Madras plague regulations and rules for district municipalities and other towns and villages
Disease focus: Plague
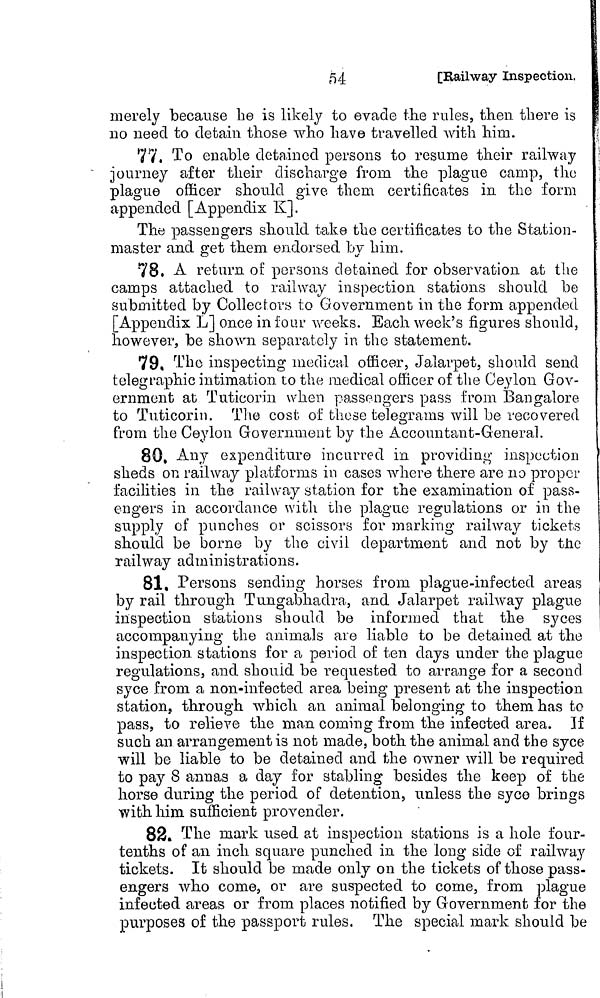
54
[Railway Inspection,
merely because be is likely to evade the rules, then there is
no need to detain those who have travelled with him.
77. To enable detained persons to resume their railway
journey after their discharge from the plague camp, the
plague officer should give them certificates in the form
appended [Appendix K].
The passengers should take the certificates to the Station-
master and get them endorsed by him.
78. A return of persons detained for observation at the
camps attached to railway inspection stations should be
submitted by Collectors to Government in the form appended
[Appendix L] once in four weeks. Each week's figures should,
however, be shown separately in the statement.
79, The inspecting medical officer, Jalarpet, should send
telegraphic intimation to the medical officer of the Ceylon Gov-
ernment at Tuticorin when passengers pass from Bangalore
to Tuticoriii. The cost of these telegrams will be recovered
from the Ceylon Government by the Accountant-General.
80, Any expenditure incurred in providing inspection
sheds on railway platforms in cases where there are no proper
facilities in the railway station for the examination of pass-
engers in accordance with the plague regulations or in the
supply of punches or scissors for marking railway tickets
should be borne by the civil department and not by the
railway administrations.
81, Persons sending horses from plague-infected areas
by rail through Tungabhadra, and Jalarpet railway plague
inspection stations should be informed that the syces
accompanying the animals are liable to be detained at the
inspection stations for a period of ten days under the plague
regulations, and should be requested to arrange for a second
syce from a non-infected area being present at the inspection
station, through which an animal belonging to them has to
pass, to relieve the man coming from the infected area. If
such an arrangement is not made, both the animal and the syce
will be liable to be detained and the owner will be required
to pay 8 annas a day for stabling besides the keep of the
horse during the period of detention, unless the syco brings
with him. sufficient provender.
82. The mark used at inspection stations is a hole four-
tenths of an inch square punched in the long side of railway
tickets. It should be made only on the tickets of those pass-
engers who come, or are suspected to come, from plague
infected areas or from places notified by Government for the
purposes of the passport rules. The special mark should be